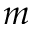
m